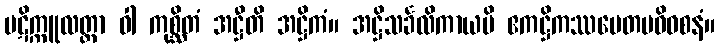
ပဋိက္ကူလတ္တာ ဝါ ကုစ္ဆိတံ အဋ္ဌီတိ အဋ္ဌိကံ။ အဋ္ဌိသင်္ခလိကာယပိ ဧကဋ္ဌိကဿပေတမဓိဝစနံ။